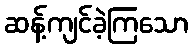
ဆန့်ကျင်ခဲ့ကြသော